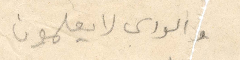
والدالي لا يعلمون